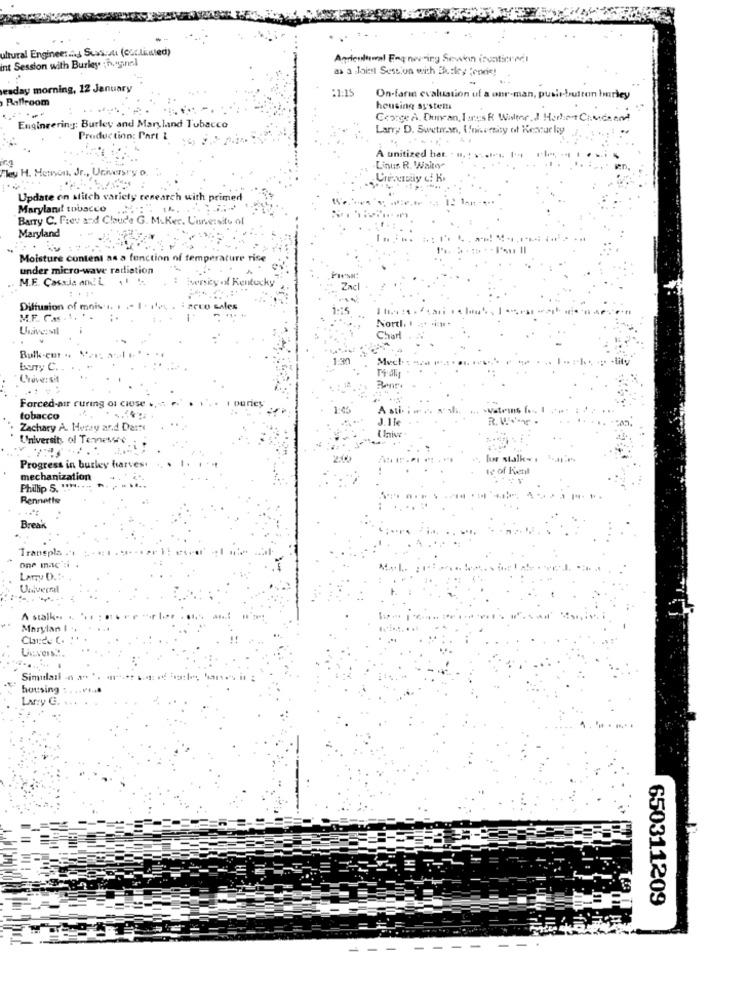
ultural Engineering Suas.all (cor.listed)
int Session with Burley ; hegnel
Agentewal Emgnering Sewein ituationnel
as a Joint Session with Bhutley ;orcie!
esday morning, 12 January
:1:15
Ballroom
On-farin evaluation of a onr-man, puslr-button Imriey
housing system
George A. Duncan, Iarus R Walter,J Horhet Civica end
Engineering: Burley and Maryland Tobacco
Larry D. Swetiran, University of Kescur ley
Production: Part 1
A unitized har. .
ley H. Heron, Jr ., Universry o.
Linus R. Waito
Update on stitch variety research with primed
Maryland tobacco
Barry C. Frev and Claude G. M.Ker. Lisnersite of
Maryland
Moisture content as a function nf tem
rice
under micro-wave radiation
M.E. Cassis and L
1.
Diffusion of mois .. .
M.F. Cas. 1
Nortl.
UnavezMI
Charl
Bulk-cut .
Much .:
BuTy C.
Forced-air curing os ciuse +,
I ouries
A sti-
tobacco
1.1 le
R. W ...
Zachary A. Hurzy and Darre
Clive
University of Tennessee
Progress in burley harves.
te of
mechanization
Phillip S.
Bennetts
Break
Transpla .
one mac :i .
Larry D .:-
Simidail
housing:
Ary G.
650311209